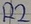
Text: R2